Indian journal of veterinary science and animal husbandry - Volume 11,
Year: 1941
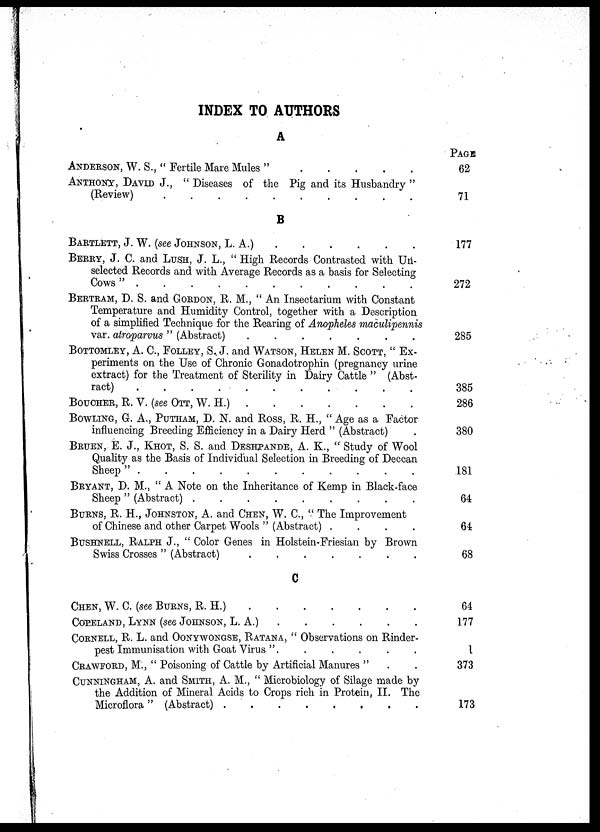
INDEX TO AUTHORS
A
ANDERSON, W. S., " Fertile Mare Mules "
.
.
.
.
.
.
ANTHONY, DAVID J., " Diseases of the Pig and its Husbandry "
(Review) . . . . . . . . . .
B
BARTLETT, J. W. (see JOHNSON, L. A.). . . . . .
BERRY, J. C. and LUSH, J. L., " High Records Contrasted with Un-
selected Records and with Average Records as a basis for Selecting
Cows" . . . . . . . . . .
BERTRAM, D. S. and GORDON, R. M., " An Insectarium with Constant
Temperature and Humidity Control, together with a Description
of a simplified Technique for the Rearing of Anopheles maculipennis
var. atroparvus " (Abstract) . . . . . . . . . .
BOTTOMLEY, A. C, FOLLEY, S. J. and WATSON, HELEN M. SCOTT, " Ex-
periments on the Use of Chronic Gonadotrophin (pregnancy urine
extract) for the Treatment of Sterility in Dairy Cattle " (Abst-
ract) . . . . . . . . . .
BOUCHER, R. V. (see OTT, W. H.) . . . . . . .
BOWLING, G. A., PUTHAM, D. N. and ROSS, R. H., " Age as a Factor
influencing Breeding Efficiency in a Dairy Herd " (Abstract) .
BRUEN, E. J., KHOT, S. S. AND DESHPANDE, A. K., " Study of Wool
Quality as the Basis of Individual Selection in Breeding of Deccan
Sheep " . . . . . . . . . .
BRYANT, D. M., " A Note on the Inheritance of Kemp in Black-face
Sheep " (Abstract) . . . . . . . . . .
BURNS, R. H., JOHNSTON, A. AND CHEN, W. C, " The Improvement
of Chinese and other Carpet Wools " (Abstract) .
.
.
.
BUSHNELL, RALPH J., " Color Genes in Holstein-Friesian by Brown
Swiss Crosses " (Abstract) . . . . . . . . . .
C
CHEN, W. C. (see BURNS, R. H.) . . . . . . .
COPELAND, LYNN (see JOHNSON, L. A.) . . . . . .
CORNELL, R. L. and OONYWONGSE, RATANA, " Observations on Rinder-
pest Immunisation with Goat Virus ".
.
.
.
.
.
CRAWFORD, M., " Poisoning of Cattle by Artificial Manures " . .
CUNNINGHAM, A. AND SMITH, A. M., " Microbiology of Silage made by
the Addition of Mineral Acids to Crops rich in Protein, II. The
Microflora" (Abstract) . . . . . . . . . .
PAGE
62
71
177
272
285
385
286
380
181
64
64
68
64
177
1
373
173